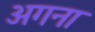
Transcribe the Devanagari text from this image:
अगना